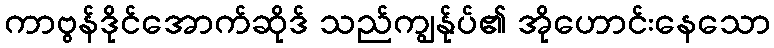
ကာဗွန်ဒိုင်အောက်ဆိုဒ် သည်ကျွန်ုပ်၏ အိုဟောင်းနေသော